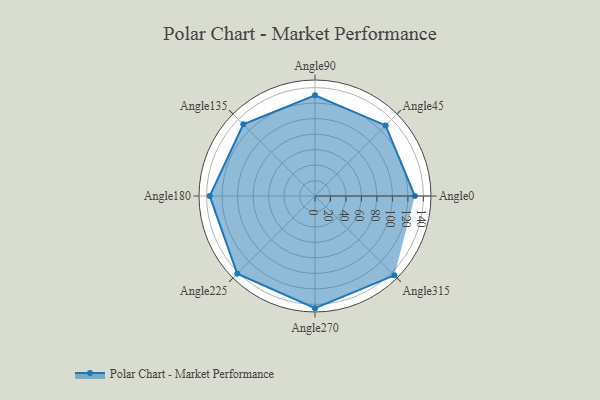
{"axis": {"x": "Angle", "y": "Radius"}, "legend": [""], "data": [{"x": "Angle0", "y": 129.0, "type": ""}, {"x": "Angle45", "y": 129.0, "type": ""}, {"x": "Angle90", "y": 130.0, "type": ""}, {"x": "Angle135", "y": 131.0, "type": ""}, {"x": "Angle180", "y": 136.0, "type": ""}, {"x": "Angle225", "y": 142.0, "type": ""}, {"x": "Angle270", "y": 145.0, "type": ""}, {"x": "Angle315", "y": 145.0, "type": ""}]}